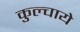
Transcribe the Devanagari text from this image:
कुल्चाये